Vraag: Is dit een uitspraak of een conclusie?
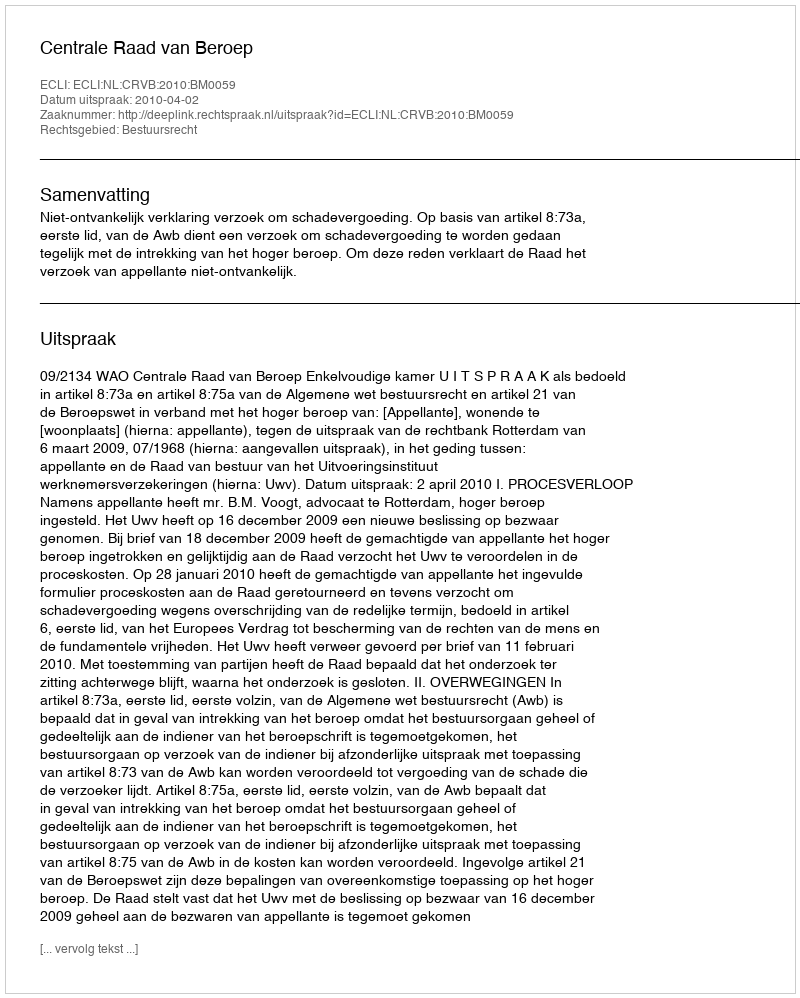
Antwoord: Uitspraak